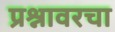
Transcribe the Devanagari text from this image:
प्रश्नावरचा